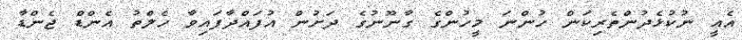
އެއީ ނުކުޅެދުންތެރިކަން ހުންނަ މީހުންގެ ގާނޫނުގެ ދަށުން އުފައްދާފައިވާ ހެލްތު އެންޑް ޖެންޑާ